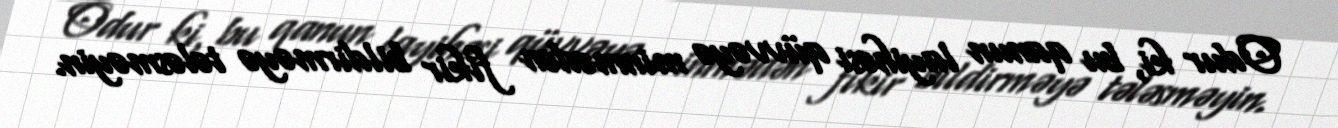
Odur ki, bu qanun layihəsi qüvvəyə minmədən fikir bildirməyə tələsməyin.